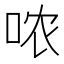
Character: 哝